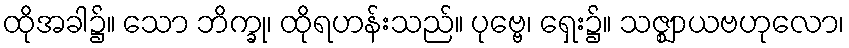
ထိုအခါ၌။ သော ဘိက္ခု၊ ထိုရဟန်းသည်။ ပုဗ္ဗေ၊ ရှေး၌။ သဇ္ဈာယဗဟုလော၊